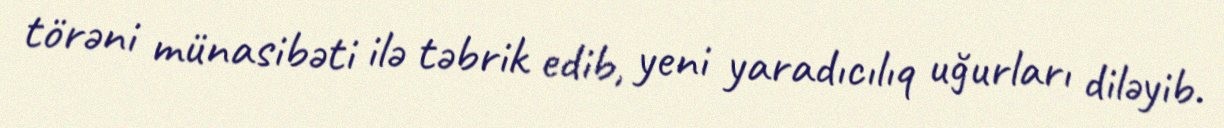
törəni münasibəti ilə təbrik edib, yeni yaradıcılıq uğurları diləyib.